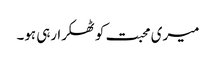
میری محبت کو ٹھکرا رہی ہو۔